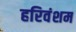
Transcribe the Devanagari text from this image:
हरिवंशम